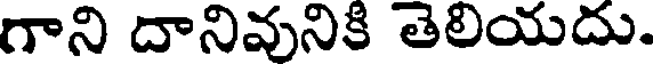
గాని దానివునికి తెలియదు.